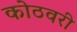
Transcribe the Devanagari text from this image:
कोठवरी